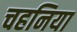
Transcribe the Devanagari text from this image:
चहनिया